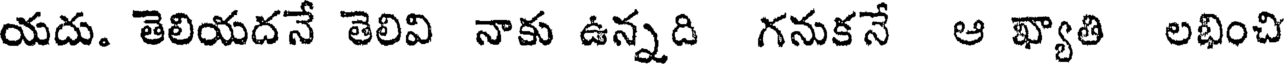
యదు. తెలియదనే తెలివి నాకు ఉన్నది గనుకనే ఆ ఖ్యాతి లభించి